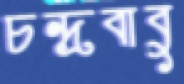
চন্দ্রবাবু